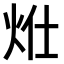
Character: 𤇧